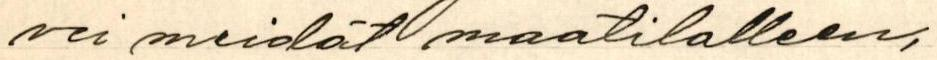
vei meidät maatilalleen,